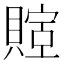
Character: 𬥤